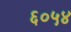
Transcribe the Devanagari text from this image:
६०५४